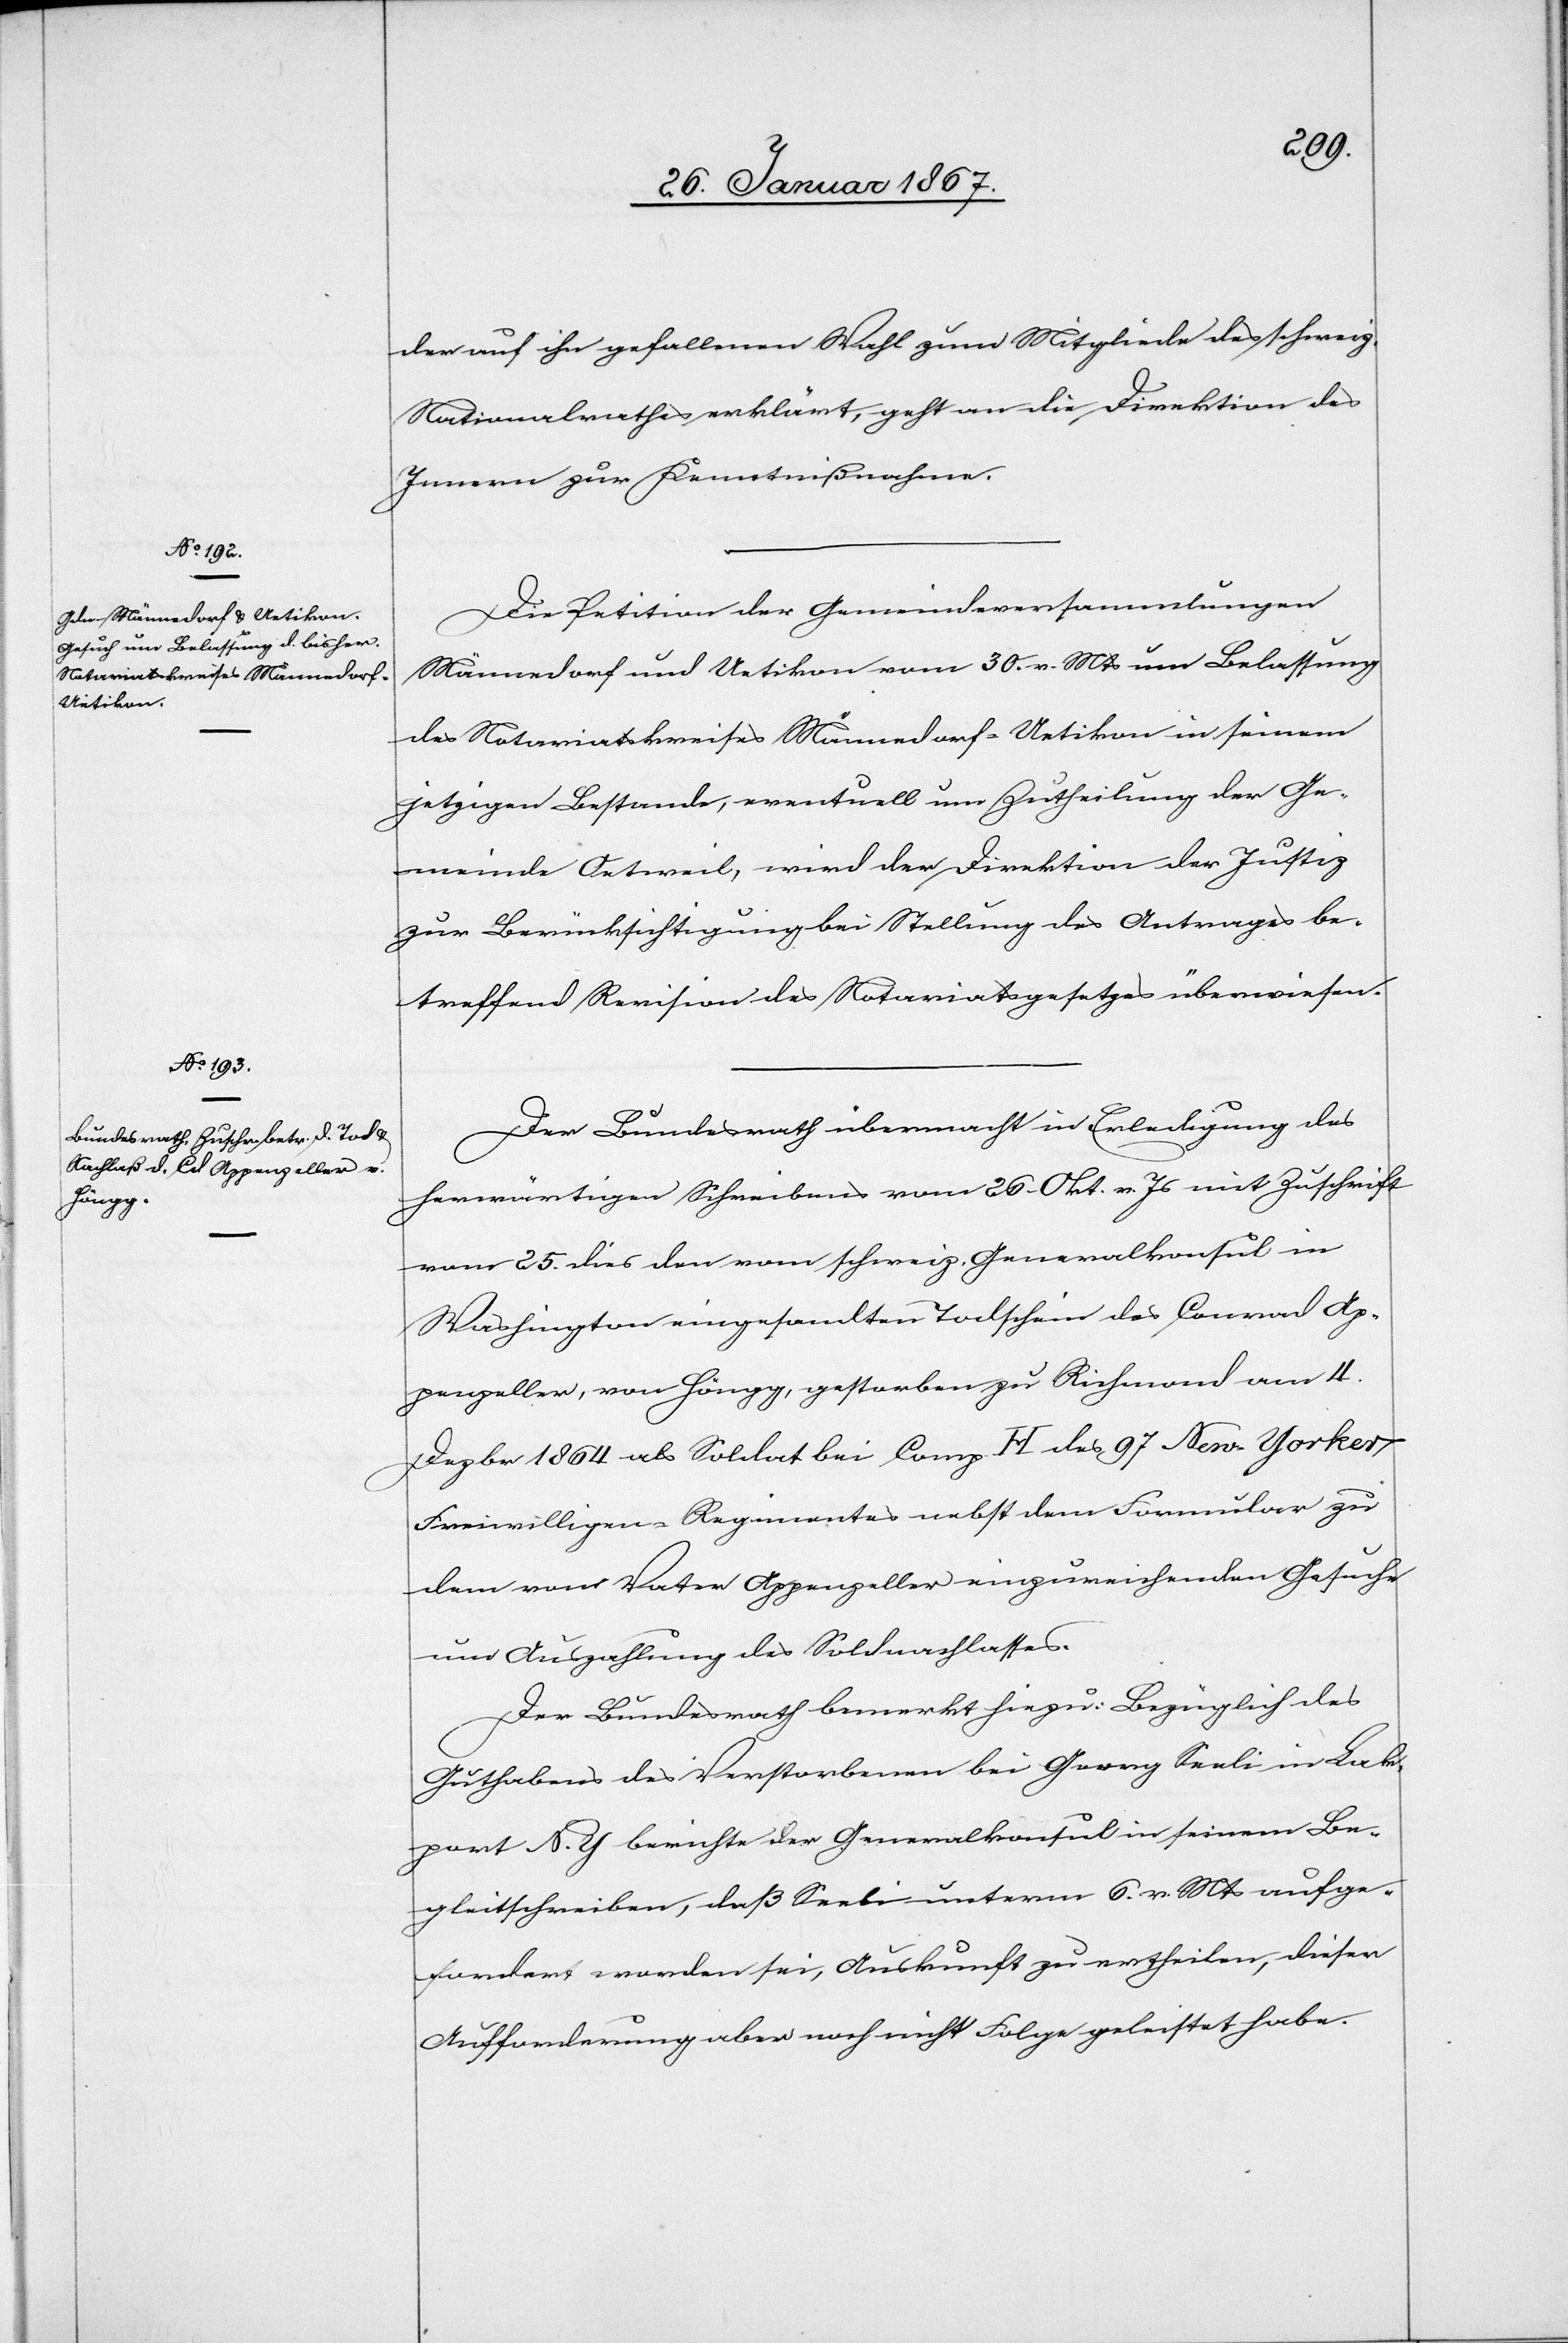
30. Januar 1867]
der auf ihn gefallenen Wahl zum Mitgliede des schweiz.
Nationalrathes erklärt, geht an die Direktion des
Innern zur Kenntnißnahme.
Die Petition der Gemeindeversammlungen
Männedorf und Uetikon vom 30. v. Mts um Belassung
des Notariatskreises Männedorf-Uetikon in seinem
jetzigen Bestande, eventuell um Zutheilung der Ge¬
meinde Oetweil, wird der Direktion der Justiz
zur Berücksichtigung bei Stellung des Antrages be¬
treffend Revision des Notariatsgesetzes überwiesen.
Der Bundesrath übermacht in Erledigung des
herwärtigen Schreibens vom 26. Okt. v. Js mit Zuschrift
vom 25. dies den vom schweiz. Generalkonsul in
Washington eingesandten Todschein des Conrad Ap¬
penzeller, von Höngg, gestorben zu Richmond am 4.
Dezbr 1864 als Soldat bei Comp. H des 97 New Yorker
freiwilligen-Regimentes nebst dem Formular zu
dem vom Vater Appenzeller einzureichenden Gesuche
um Auszahlung des Soldnachlasses.
Der Bundesrath bemerkt hiezu: Bezüglich des
Guthabens des Verstorbenen bei Georg Seeli in Lak¬
port N.Y berichte der Generalkonsul in seinem Be¬
gleitschreiben, daß Seeli unterm 6. v Mts aufge¬
fordert worden sei, Auskunft zu ertheilen, dieser
Aufforderung aber noch nicht Folge geleistet habe.